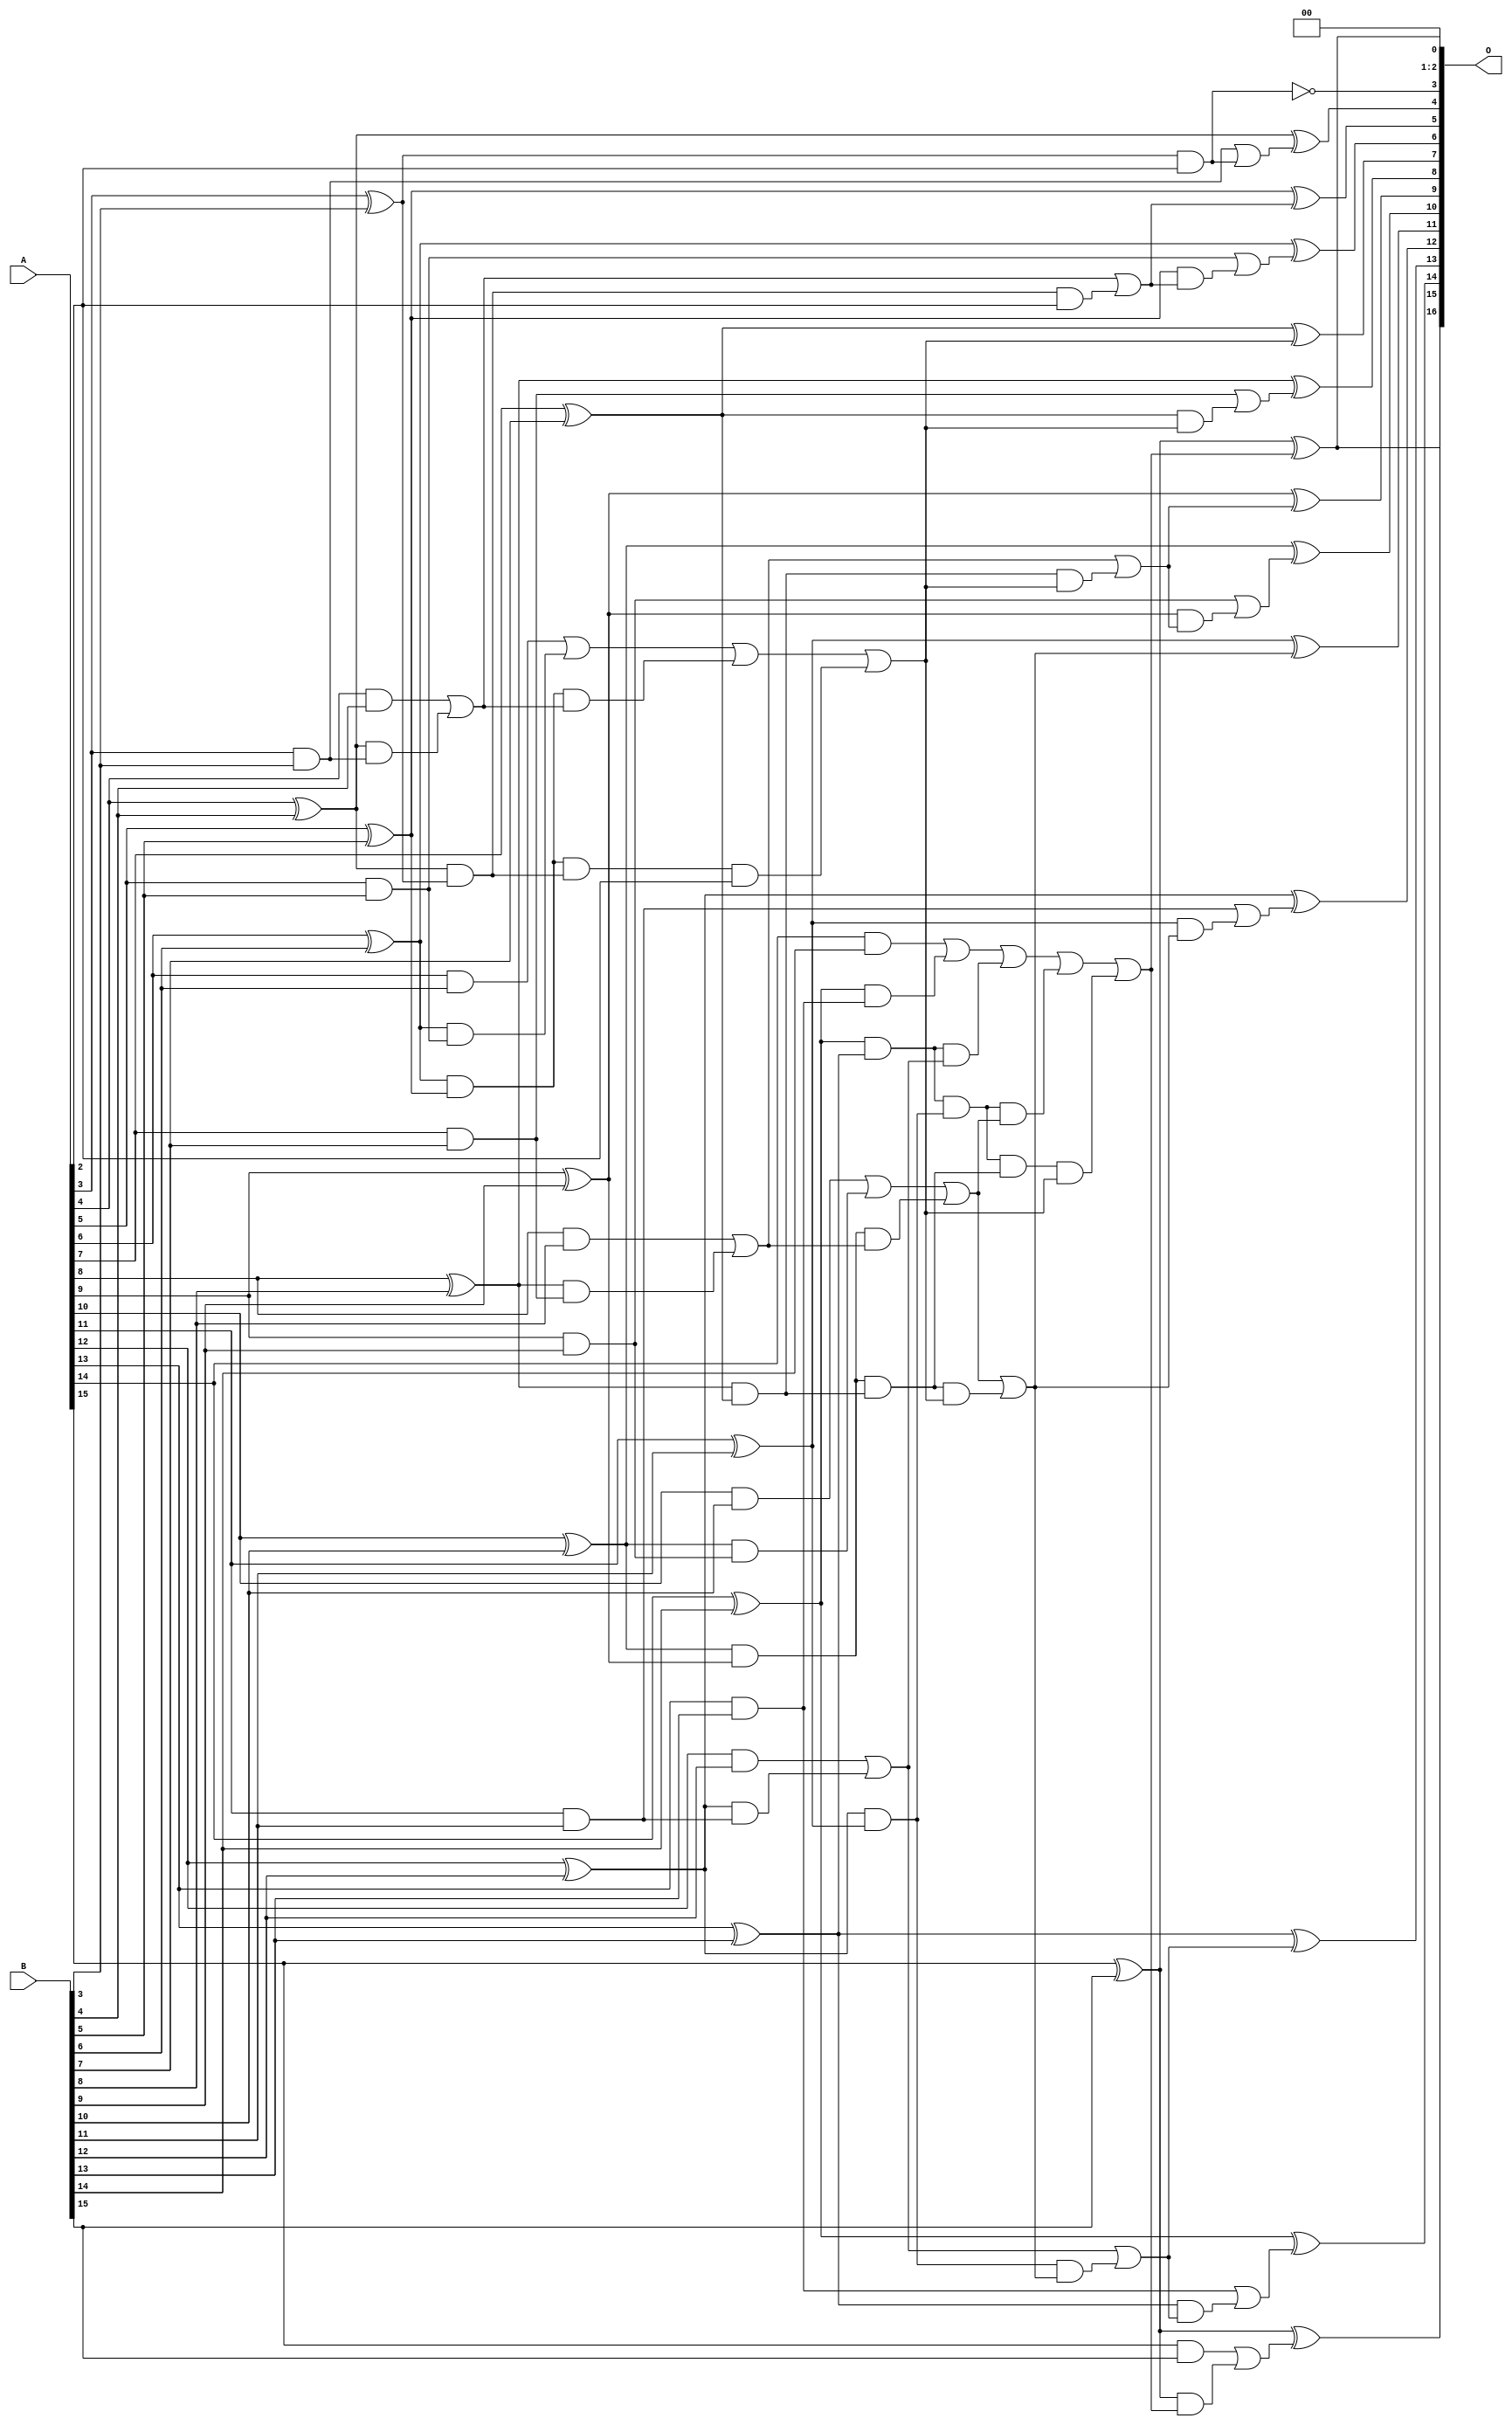
/***
* This code is a part of EvoApproxLib library (ehw.fit.vutbr.cz/approxlib) distributed under The MIT License.
* When used, please cite the following article(s): V. Mrazek, L. Sekanina, Z. Vasicek "Libraries of Approximate Circuits: Automated Design and Application in CNN Accelerators" IEEE Journal on Emerging and Selected Topics in Circuits and Systems, Vol 10, No 4, 2020 
* This file contains a circuit from a sub-set of pareto optimal circuits with respect to the pwr and mae parameters
***/
// MAE% = 0.0047 %
// MAE = 3.1 
// WCE% = 0.015 %
// WCE = 10 
// WCRE% = 800.00 %
// EP% = 90.62 %
// MRE% = 0.10 %
// MSE = 15 
// PDK45_PWR = 0.062 mW
// PDK45_AREA = 127.6 um2
// PDK45_DELAY = 1.06 ns

module add16se_28H (
    A,
    B,
    O
);

input [15:0] A;
input [15:0] B;
output [16:0] O;

wire sig_38,sig_39,sig_40,sig_41,sig_42,sig_43,sig_44,sig_45,sig_46,sig_47,sig_48,sig_49,sig_50,sig_51,sig_52,sig_53,sig_54,sig_55,sig_56,sig_57;
wire sig_58,sig_59,sig_60,sig_61,sig_62,sig_63,sig_64,sig_68,sig_69,sig_70,sig_71,sig_72,sig_73,sig_74,sig_75,sig_76,sig_77,sig_78,sig_79,sig_80;
wire sig_81,sig_82,sig_83,sig_84,sig_85,sig_88,sig_89,sig_90,sig_91,sig_92,sig_93,sig_94,sig_95,sig_96,sig_97,sig_98,sig_99,sig_100,sig_101,sig_102;
wire sig_103,sig_104,sig_105,sig_106,sig_107,sig_108,sig_109,sig_110,sig_111,sig_114,sig_115,sig_116,sig_117,sig_118,sig_119,sig_120,sig_121,sig_122,sig_123,sig_124;
wire sig_125,sig_126,sig_127,sig_130,sig_131,sig_132,sig_133,sig_134,sig_135,sig_136,sig_137,sig_138,sig_139,sig_140,sig_141,sig_142,sig_143;

assign sig_38 = A[3] & B[3];
assign sig_39 = A[3] ^ B[3];
assign sig_40 = A[4] & B[4];
assign sig_41 = A[4] ^ B[4];
assign sig_42 = A[5] & B[5];
assign sig_43 = A[5] ^ B[5];
assign sig_44 = A[6] & B[6];
assign sig_45 = A[6] ^ B[6];
assign sig_46 = A[7] & B[7];
assign sig_47 = A[7] ^ B[7];
assign sig_48 = A[8] & B[8];
assign sig_49 = A[8] ^ B[8];
assign sig_50 = A[9] & B[9];
assign sig_51 = A[9] ^ B[9];
assign sig_52 = A[10] & B[10];
assign sig_53 = A[10] ^ B[10];
assign sig_54 = A[11] & B[11];
assign sig_55 = A[11] ^ B[11];
assign sig_56 = A[12] & B[12];
assign sig_57 = A[12] ^ B[12];
assign sig_58 = A[13] & B[13];
assign sig_59 = A[13] ^ B[13];
assign sig_60 = A[14] & B[14];
assign sig_61 = A[14] ^ B[14];
assign sig_62 = A[15] & B[15];
assign sig_63 = A[15] ^ B[15];
assign sig_64 = A[15] ^ B[15];
assign sig_68 = sig_41 & sig_38;
assign sig_69 = sig_41 & sig_39;
assign sig_70 = sig_40 | sig_68;
assign sig_71 = sig_45 & sig_42;
assign sig_72 = sig_45 & sig_43;
assign sig_73 = sig_44 | sig_71;
assign sig_74 = sig_49 & sig_46;
assign sig_75 = sig_49 & sig_47;
assign sig_76 = sig_48 | sig_74;
assign sig_77 = sig_53 & sig_50;
assign sig_78 = sig_53 & sig_51;
assign sig_79 = sig_52 | sig_77;
assign sig_80 = sig_57 & sig_54;
assign sig_81 = sig_57 & sig_55;
assign sig_82 = sig_56 | sig_80;
assign sig_83 = sig_61 & sig_58;
assign sig_84 = sig_61 & sig_59;
assign sig_85 = sig_60 | sig_83;
assign sig_88 = sig_72 & sig_70;
assign sig_89 = sig_72 & sig_69;
assign sig_90 = sig_73 | sig_88;
assign sig_91 = sig_78 & sig_76;
assign sig_92 = sig_78 & sig_75;
assign sig_93 = sig_79 | sig_91;
assign sig_94 = sig_84 & sig_82;
assign sig_95 = sig_84 & sig_81;
assign sig_96 = sig_85 | sig_94;
assign sig_97 = sig_89 & A[2];
assign sig_98 = sig_90 | sig_97;
assign sig_99 = sig_95 & sig_93;
assign sig_100 = sig_95 & sig_92;
assign sig_101 = sig_96 | sig_99;
assign sig_102 = sig_100 & sig_98;
assign sig_103 = sig_101 | sig_102;
assign sig_104 = sig_92 & sig_98;
assign sig_105 = sig_93 | sig_104;
assign sig_106 = sig_69 & A[2];
assign sig_107 = sig_70 | sig_106;
assign sig_108 = sig_75 & sig_98;
assign sig_109 = sig_76 | sig_108;
assign sig_110 = sig_81 & sig_105;
assign sig_111 = sig_82 | sig_110;
assign sig_114 = sig_39 & A[2];
assign sig_115 = sig_38 | sig_114;
assign sig_116 = sig_43 & sig_107;
assign sig_117 = sig_42 | sig_116;
assign sig_118 = sig_47 & sig_98;
assign sig_119 = sig_46 | sig_118;
assign sig_120 = sig_51 & sig_109;
assign sig_121 = sig_50 | sig_120;
assign sig_122 = sig_55 & sig_105;
assign sig_123 = sig_54 | sig_122;
assign sig_124 = sig_59 & sig_111;
assign sig_125 = sig_58 | sig_124;
assign sig_126 = sig_63 & sig_103;
assign sig_127 = sig_62 | sig_126;
assign sig_130 = ~(sig_39 & A[2]);
assign sig_131 = sig_41 ^ sig_115;
assign sig_132 = sig_43 ^ sig_107;
assign sig_133 = sig_45 ^ sig_117;
assign sig_134 = sig_47 ^ sig_98;
assign sig_135 = sig_49 ^ sig_119;
assign sig_136 = sig_51 ^ sig_109;
assign sig_137 = sig_53 ^ sig_121;
assign sig_138 = sig_55 ^ sig_105;
assign sig_139 = sig_57 ^ sig_123;
assign sig_140 = sig_59 ^ sig_111;
assign sig_141 = sig_61 ^ sig_125;
assign sig_142 = sig_63 ^ sig_103;
assign sig_143 = sig_64 ^ sig_127;

assign O[16] = sig_143;
assign O[15] = sig_142;
assign O[14] = sig_141;
assign O[13] = sig_140;
assign O[12] = sig_139;
assign O[11] = sig_138;
assign O[10] = sig_137;
assign O[9] = sig_136;
assign O[8] = sig_135;
assign O[7] = sig_134;
assign O[6] = sig_133;
assign O[5] = sig_132;
assign O[4] = sig_131;
assign O[3] = sig_130;
assign O[2] = 1'b0;
assign O[1] = 1'b0;
assign O[0] = sig_142;

endmodule